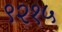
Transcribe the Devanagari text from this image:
९२१५